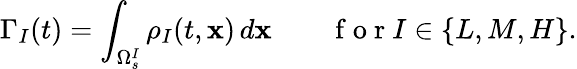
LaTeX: \Gamma_{I}(t)=\int_{\Omega_{s}^{I}}\rho_{I}(t,\mathbf{x})\, d\mathbf{x}\qquad\mathrm{~f~o~r~}I\in\{ L,M,H\} .